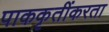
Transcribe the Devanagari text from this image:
पाककृतींकरता